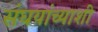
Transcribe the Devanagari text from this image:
संघयांच्याशी